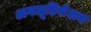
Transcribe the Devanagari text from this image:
अगलूटिनेशन